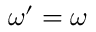
\omega ^ { \prime } = \omega